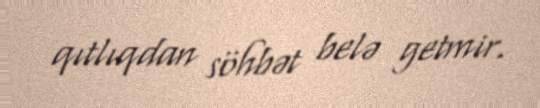
qıtlıqdan söhbət belə getmir.